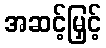
အဆင့်မြှင့်